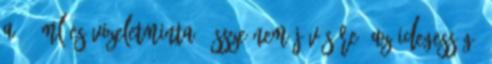
a 75 ml-es vizeletminta "össze nem jövésére" az idegesség?